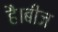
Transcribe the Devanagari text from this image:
है।बीज